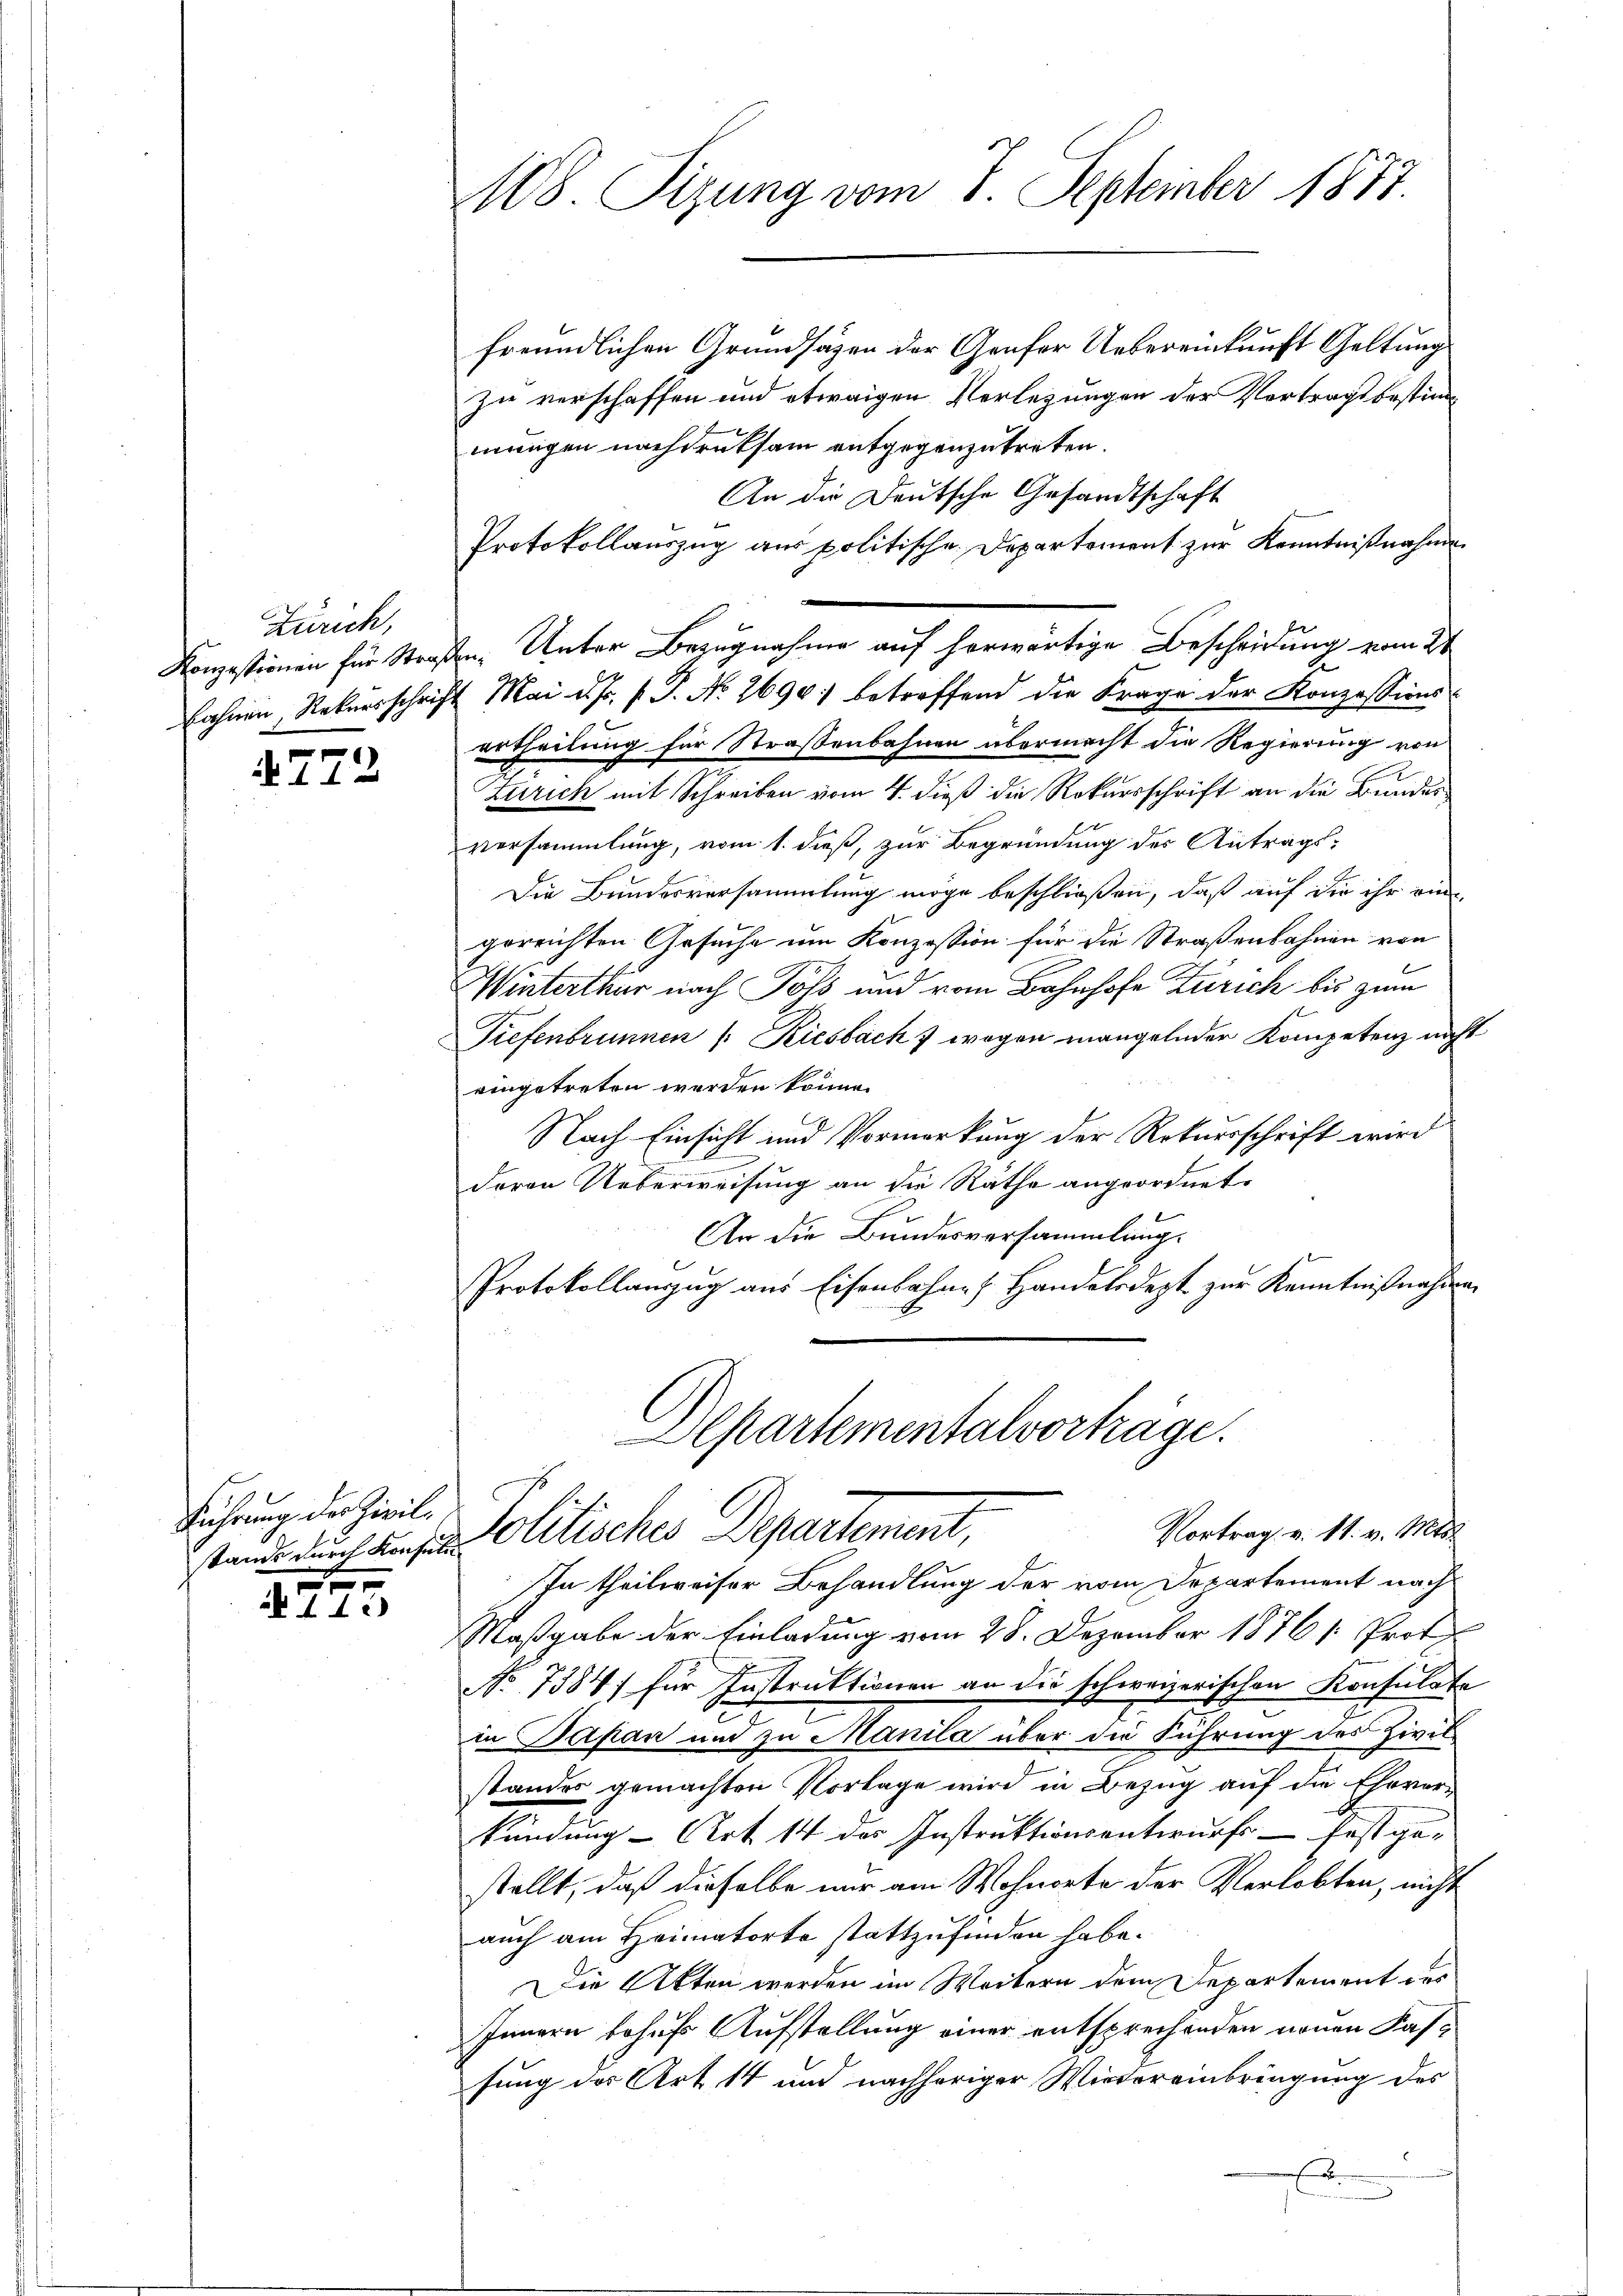
Zürich,
Konzessionen für Stra
bahnen Rekursschrif

772

Führung der Zivilx

442

108. Sizung vom 7. September 1877.

freundlichen Grundsazen der Genfer Uebereinkunft Geltung
zu verschaffen und etwaigen Verlegungen der Vortragsbestimmungen nachdruksam entgegenzutreten.
An die Deutsche Gesandtschaft
Protokollauszug aus politische Departement zur Kenntnißnahmen
In Unter Bezugnahme auf herwärtige Bescheidung vom 21.
 Mai d. J. P.P. No 2690) betreffend die Frage der Konzessions-
ertheilung für Straßenbahnen übermacht die Regierung von
Zürich mit Schreiben vom 4. dieß die Rekursschrift an die Bundesversammlung, vom 1. dieß, zur Begründung des Antrags¬
Die Bundesversammlung möge beschließen, daß auf die ihr ein
gereichten Gesuche um Konzession für die Straßenbahnen von
Winterthur nach Poss und vom Bahnhofe Zürich bis zum
Tiefenbrunnen /: Kiesbach & wegen mangelnder Kompetenz nicht
eingetreten werden könne.
Nach Einsicht und Vormerkung der Rekursschrift wird
deren Ueberweisung an die Räthe angeordnet.
An die Bundesversammlung.
Protokollanzug aus Eisenbahnen Handelsdept zur Kenntnißnahmen
Aepartementalvorträge.
Vortrag v. 11. v. Mts.
stand durch densein Politisches Departement,
In theilweiser Behandlung der vom Departement nach
Maßgabe der Einladung vom 28. Dezember 1876 s. Prot.
No 7384) für Instruktionen an die schweizerischen Konsulate
in Japan und zu Manila über die Führung des Zivil
standes gemachten Vorlage wird in Bezug auf die Ehevor-
kündung - Art 14 des Instruktionsentwurfs festgestellt, daß dieselbe nur am Wohnorte der Verlobten, nicht
auch am Heimatorte stattzufinden habe.
Die Akten werden im Weitern dem Departement des
Innern behufs Aufstellung einer entsprechenden neuen Kasfung des Art 14 und nachheriger Wintereinbringung des
E